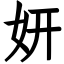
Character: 妍